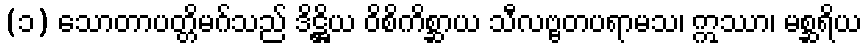
(၁) သောတာပတ္တိမဂ်သည် ဒိဋ္ဌိယ ဝိစိကိစ္ဆာယ သီလဗ္ဗတပရာမသ၊ ဣဿာ၊ မစ္ဆရိယ